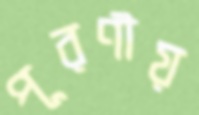
পূরণীয়